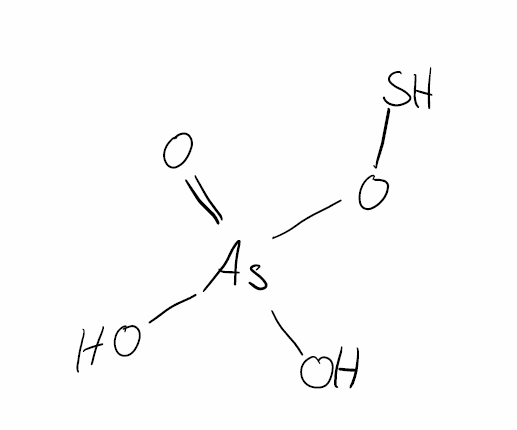
Simplified molecular-input line-entry system (SMILES) notation of the given molecule:
O[As](=O)(O)OS